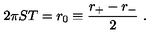
2 \pi S T = r _ { 0 } \equiv { \frac { r _ { + } - r _ { - } } { 2 } } \ .